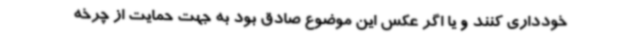
خودداری کنند و یا اگر عکس این موضوع صادق بود به جهت حمایت از چرخه